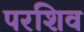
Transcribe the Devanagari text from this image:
परशिव